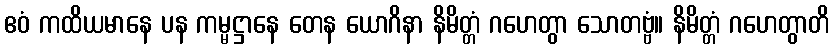
ဧဝံ ကထိယမာနေ ပန ကမ္မဋ္ဌာနေ တေန ယောဂိနာ နိမိတ္တံ ဂဟေတွာ သောတဗ္ဗံ။ နိမိတ္တံ ဂဟေတွာတိ